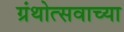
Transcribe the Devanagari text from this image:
ग्रंथोत्सवाच्या